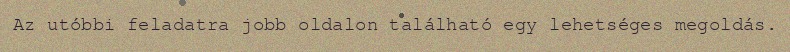
Az utóbbi feladatra jobb oldalon található egy lehetséges megoldás.